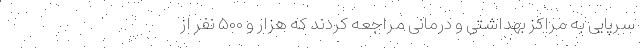
سرپایی به مراکز بهداشتی و درمانی مراجعه کردند که هزار و ۵۰۰ نفر از